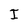
Character: I